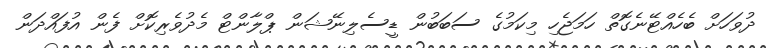
ދުވަހަށް ބެހެއްޓޭނެގޮތް ހަމަޖެހި މިކަމުގެ ސަބަބުން ޑީސެލިނޭޝަން ޕްލާންޓް މެދުވެރިކޮށް ފެން އުފައްދަން